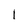
Character: I